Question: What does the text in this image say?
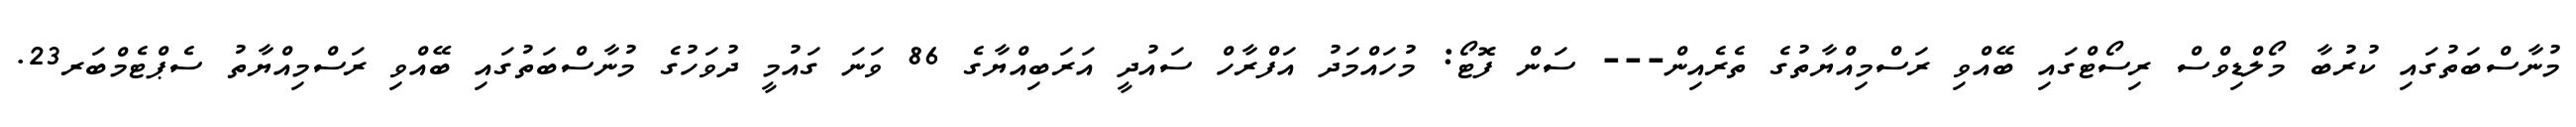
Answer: މުނާސްބަތުގައި ކުރުބާ މޯލްޑިވްސް ރިސޯޓްގައި ބޭއްވި ރަސްމިއްޔާތުގެ ތެރެއިން--- ސަން ފޮޓޯ: މުހައްމަދު އަފްރާހް ސައުދީ އަރަބިއްޔާގެ 86 ވަނަ ގައުމީ ދުވަހުގެ މުނާސްބަތުގައި ބޭއްވި ރަސްމިއްޔާތު ސެޕްޓެމްބަރ23.